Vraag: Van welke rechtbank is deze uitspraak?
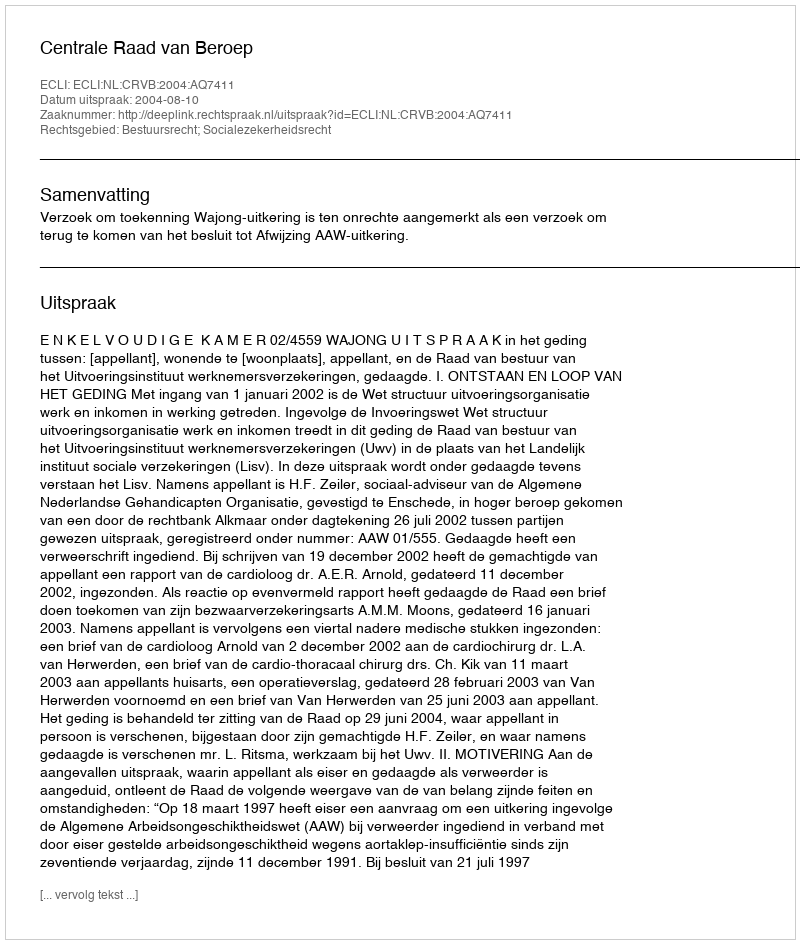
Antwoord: Centrale Raad van Beroep